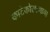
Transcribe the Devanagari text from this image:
काटेकोरपणाचा